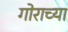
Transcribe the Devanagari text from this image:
गोराच्या